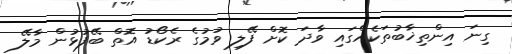
ގިނަ އިންތިޚާބުތަކެއްގައި ވާދަ ކޮށް ފޭލި ވުމުގެ ރެކޯޑު އޮތް ބޭފުޅުން މާލޭ